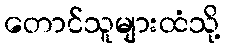
တောင်သူများထံသို့